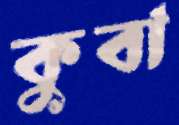
কুবা